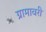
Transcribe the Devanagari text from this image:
ग्रामावरी